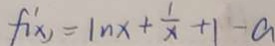
f ^ { \prime } ( x ) = \ln x + \frac { 1 } { x } + 1 - a